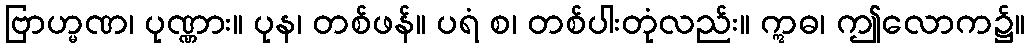
ဗြာဟ္မဏ၊ ပုဏ္ဏား။ ပုန၊ တစ်ဖန်။ ပရံ စ၊ တစ်ပါးတုံလည်း။ ဣဓ၊ ဤလောက၌။